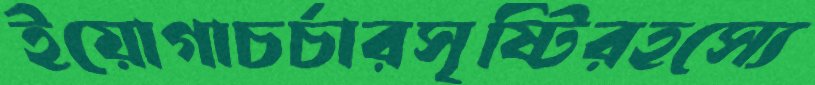
ইয়োগাচর্চারসৃষ্টিরহস্যে